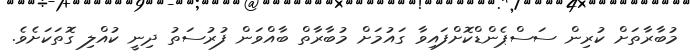
މުބާރާތަށް ކުރިން ސަސްޕެންޑްކޮށްފައިވާ ގައުމަށް މުބާރާތް ބާއްވަން ފުރުސަތު ދިނީ ކުއްލި ގޮތަކަށެވެ.